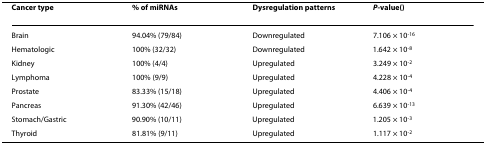
<table><thead><tr><td><b>Cancer type</b></td><td><b>% of miRNAs</b></td><td><b>Dysregulation patterns</b></td><td><b><i>P</i>-value()</b></td></tr></thead><tbody><tr><td>Brain</td><td>94.04% (79/84)</td><td>Downregulated</td><td>7.106 × 10<sup>-16</sup></td></tr><tr><td>Hematologic</td><td>100% (32/32)</td><td>Downregulated</td><td>1.642 × 10<sup>-8</sup></td></tr><tr><td>Kidney</td><td>100% (4/4)</td><td>Upregulated</td><td>3.249 × 10<sup>-2</sup></td></tr><tr><td>Lymphoma</td><td>100% (9/9)</td><td>Upregulated</td><td>4.228 × 10<sup>-4</sup></td></tr><tr><td>Prostate</td><td>83.33% (15/18)</td><td>Upregulated</td><td>4.406 × 10<sup>-4</sup></td></tr><tr><td>Pancreas</td><td>91.30% (42/46)</td><td>Upregulated</td><td>6.639 × 10<sup>-13</sup></td></tr><tr><td>Stomach/Gastric</td><td>90.90% (10/11)</td><td>Upregulated</td><td>1.205 × 10<sup>-3</sup></td></tr><tr><td>Thyroid</td><td>81.81% (9/11)</td><td>Upregulated</td><td>1.117 × 10<sup>-2</sup></td></tr></tbody></table>